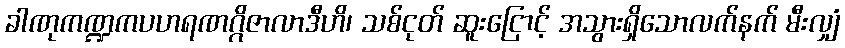
ခါဏုကဏ္ဍကပဟရဏဂ္ဂိဇာလာဒီဟိ၊ သစ်ငုတ် ဆူးငြောင့် အသွားရှိသောလက်နက် မီးလျှံ